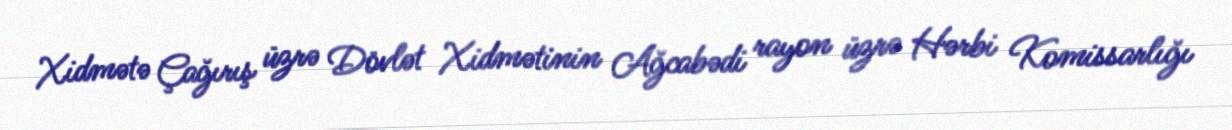
Xidmətə Çağırış üzrə Dövlət Xidmətinin Ağcabədi rayon üzrə Hərbi Komissarlığı